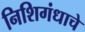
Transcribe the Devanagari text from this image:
निशिगंधाचे